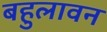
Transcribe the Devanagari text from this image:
बहुलावन